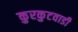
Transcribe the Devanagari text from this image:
कुरकुटवाडी